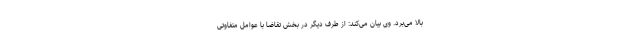
بالا می‌برد. وی بیان می‌کند: از طرف دیگر در بخش تقاضا با عوامل متفاوتی